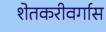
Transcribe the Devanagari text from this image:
शेतकरीवर्गास